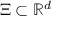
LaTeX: \Xi \subset \mathbb { R } ^ { d }